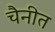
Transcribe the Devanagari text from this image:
चैनीत